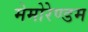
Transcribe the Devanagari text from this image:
मेमोरेण्डम